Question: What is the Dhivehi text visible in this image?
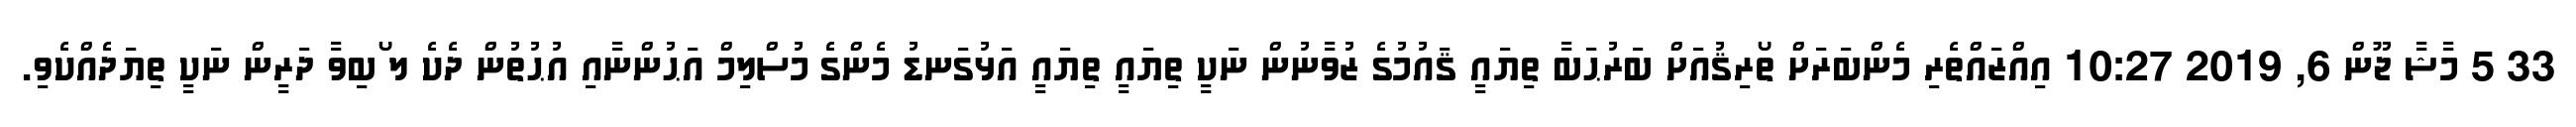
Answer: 33 5 މާޝާ ޖޫން 6, 2019 10:27 އިއްޒައްތެރި މެންބަރަށް ތޯރިޤުއަށް ބަރުޙަބާ ތިޔައީ ޤައުމުގެ ޒުވާނުން ނަކީ ތިޔައީ ތިޔައީ އަޅުގަނޑު މެންގެ މުސްލިމް އަޙުންނާއި އުޙުތުން ދެކެ ލ ޯބިވާ ދަރީން ނަކީ ތިޔަދެއްކެވި.